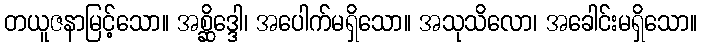
တယူဇနာမြင့်သော။ အစ္ဆိဒ္ဒေါ၊ အပေါက်မရှိသော။ အသုသိလော၊ အခေါင်းမရှိသော။